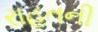
રાહતની